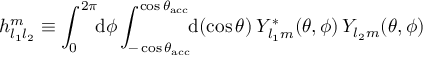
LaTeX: h _ { l _ { 1 } l _ { 2 } } ^ { m } \equiv \int _ { 0 } ^ { 2 \pi } \! \! \mathrm { d } \phi \int _ { - \cos { \theta _ { \mathrm { a c c } } } } ^ { \cos { \theta _ { \mathrm { a c c } } } } \! \! \mathrm { d } ( \cos { \theta } ) \: Y _ { l _ { 1 } m } ^ { * } ( \theta , \phi ) \, Y _ { l _ { 2 } m } ( \theta , \phi )